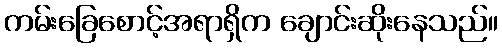
ကမ်းခြေစောင့်အရာရှိက ချောင်းဆိုးနေသည်။